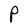
Character: P